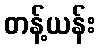
တန့်ယန်း